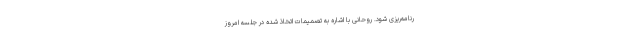
رنامه‌ریزی شود. روحانی با اشاره به تصمیمات اتخاذ شده در جلسه امروز